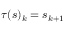
\tau ( s ) _ { k } = s _ { k + 1 }